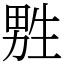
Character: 㽒